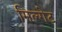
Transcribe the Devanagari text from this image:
मिल्गेट